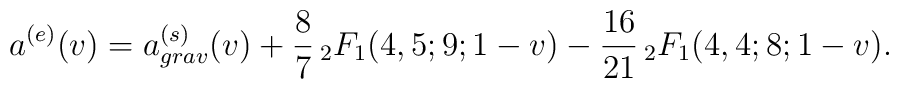
a^{(e)}(v)=  a_{grav}^{(s)}(v)+\frac{8}{7} \, _2F_1(4,5;9;1-v)-\frac{16}{21} \, _2F_1(4,4;8;1-v).